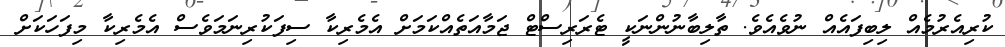
ކުރިއެރުމެއް ލިބިފައެއް ނުވެއެވެ. ތާލިބާނުންނަކީ ޓެރަރިސްޓް ޖަމާއަތެއްކަމަށް އެމެރިކާ ސިފަކުރިނަމަވެސް އެމެރިކާ މިފަހަކަށް